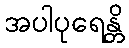
အပါပုရေန္တိ